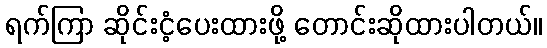
ရက်ကြာ ဆိုင်းငံ့ပေးထားဖို့ တောင်းဆိုထားပါတယ်။